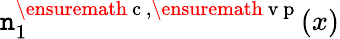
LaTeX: \mathtt{n}_{1}^{\ensuremath{{\mathrm{{~c~}}}},\ensuremath{{\mathrm{{~v~p~}}}}}(x)